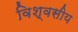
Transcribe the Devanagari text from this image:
विश्वसीय